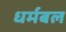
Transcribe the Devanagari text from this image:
धर्मबल